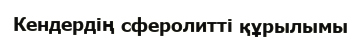
Кендердің сферолитті құрылымы